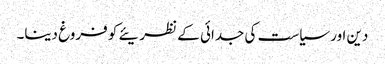
دین اور سیاست کی جدائی کے نظریئے کو فروغ دینا۔